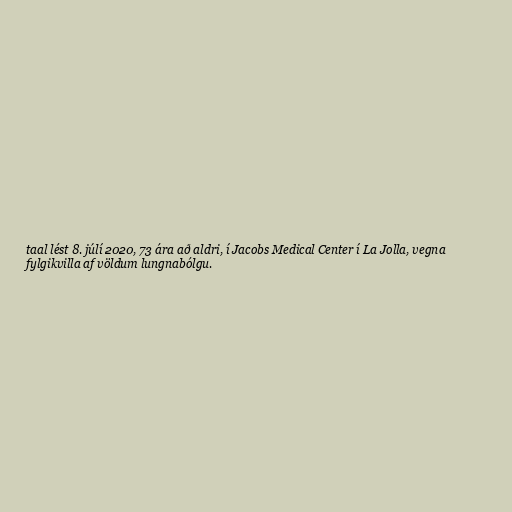
taal lést 8. júlí 2020, 73 ára að aldri, í Jacobs Medical Center í La Jolla, vegna
fylgikvilla af völdum lungnabólgu.